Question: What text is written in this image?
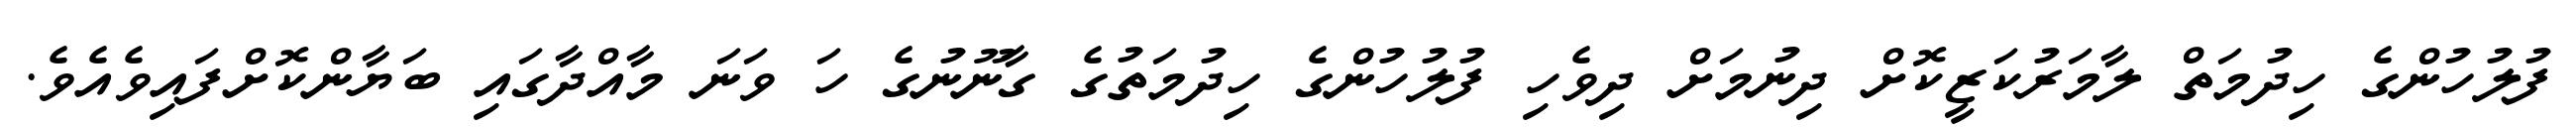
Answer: ފުލުހުންގެ ހިދުމަތް ލާމަރުކަޒީކޮށް ދިނުމަށް ދިވެހި ފުލުހުންގެ ހިދުމަތުގެ ގާނޫނުގެ ހަ ވަނަ މާއްދާގައި ބަޔާންކޮށްފައިވެއެވެ.